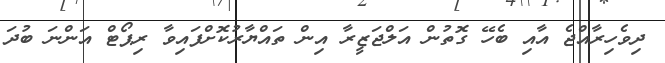
ދިވެހިރާއްޖެ އާއި ބެހޭ ގޮތުން އަލްޖަޒީރާ އިން ތައްޔާރުކޮށްފައިވާ ރިޕޯޓް އަންނަ ބުދަ